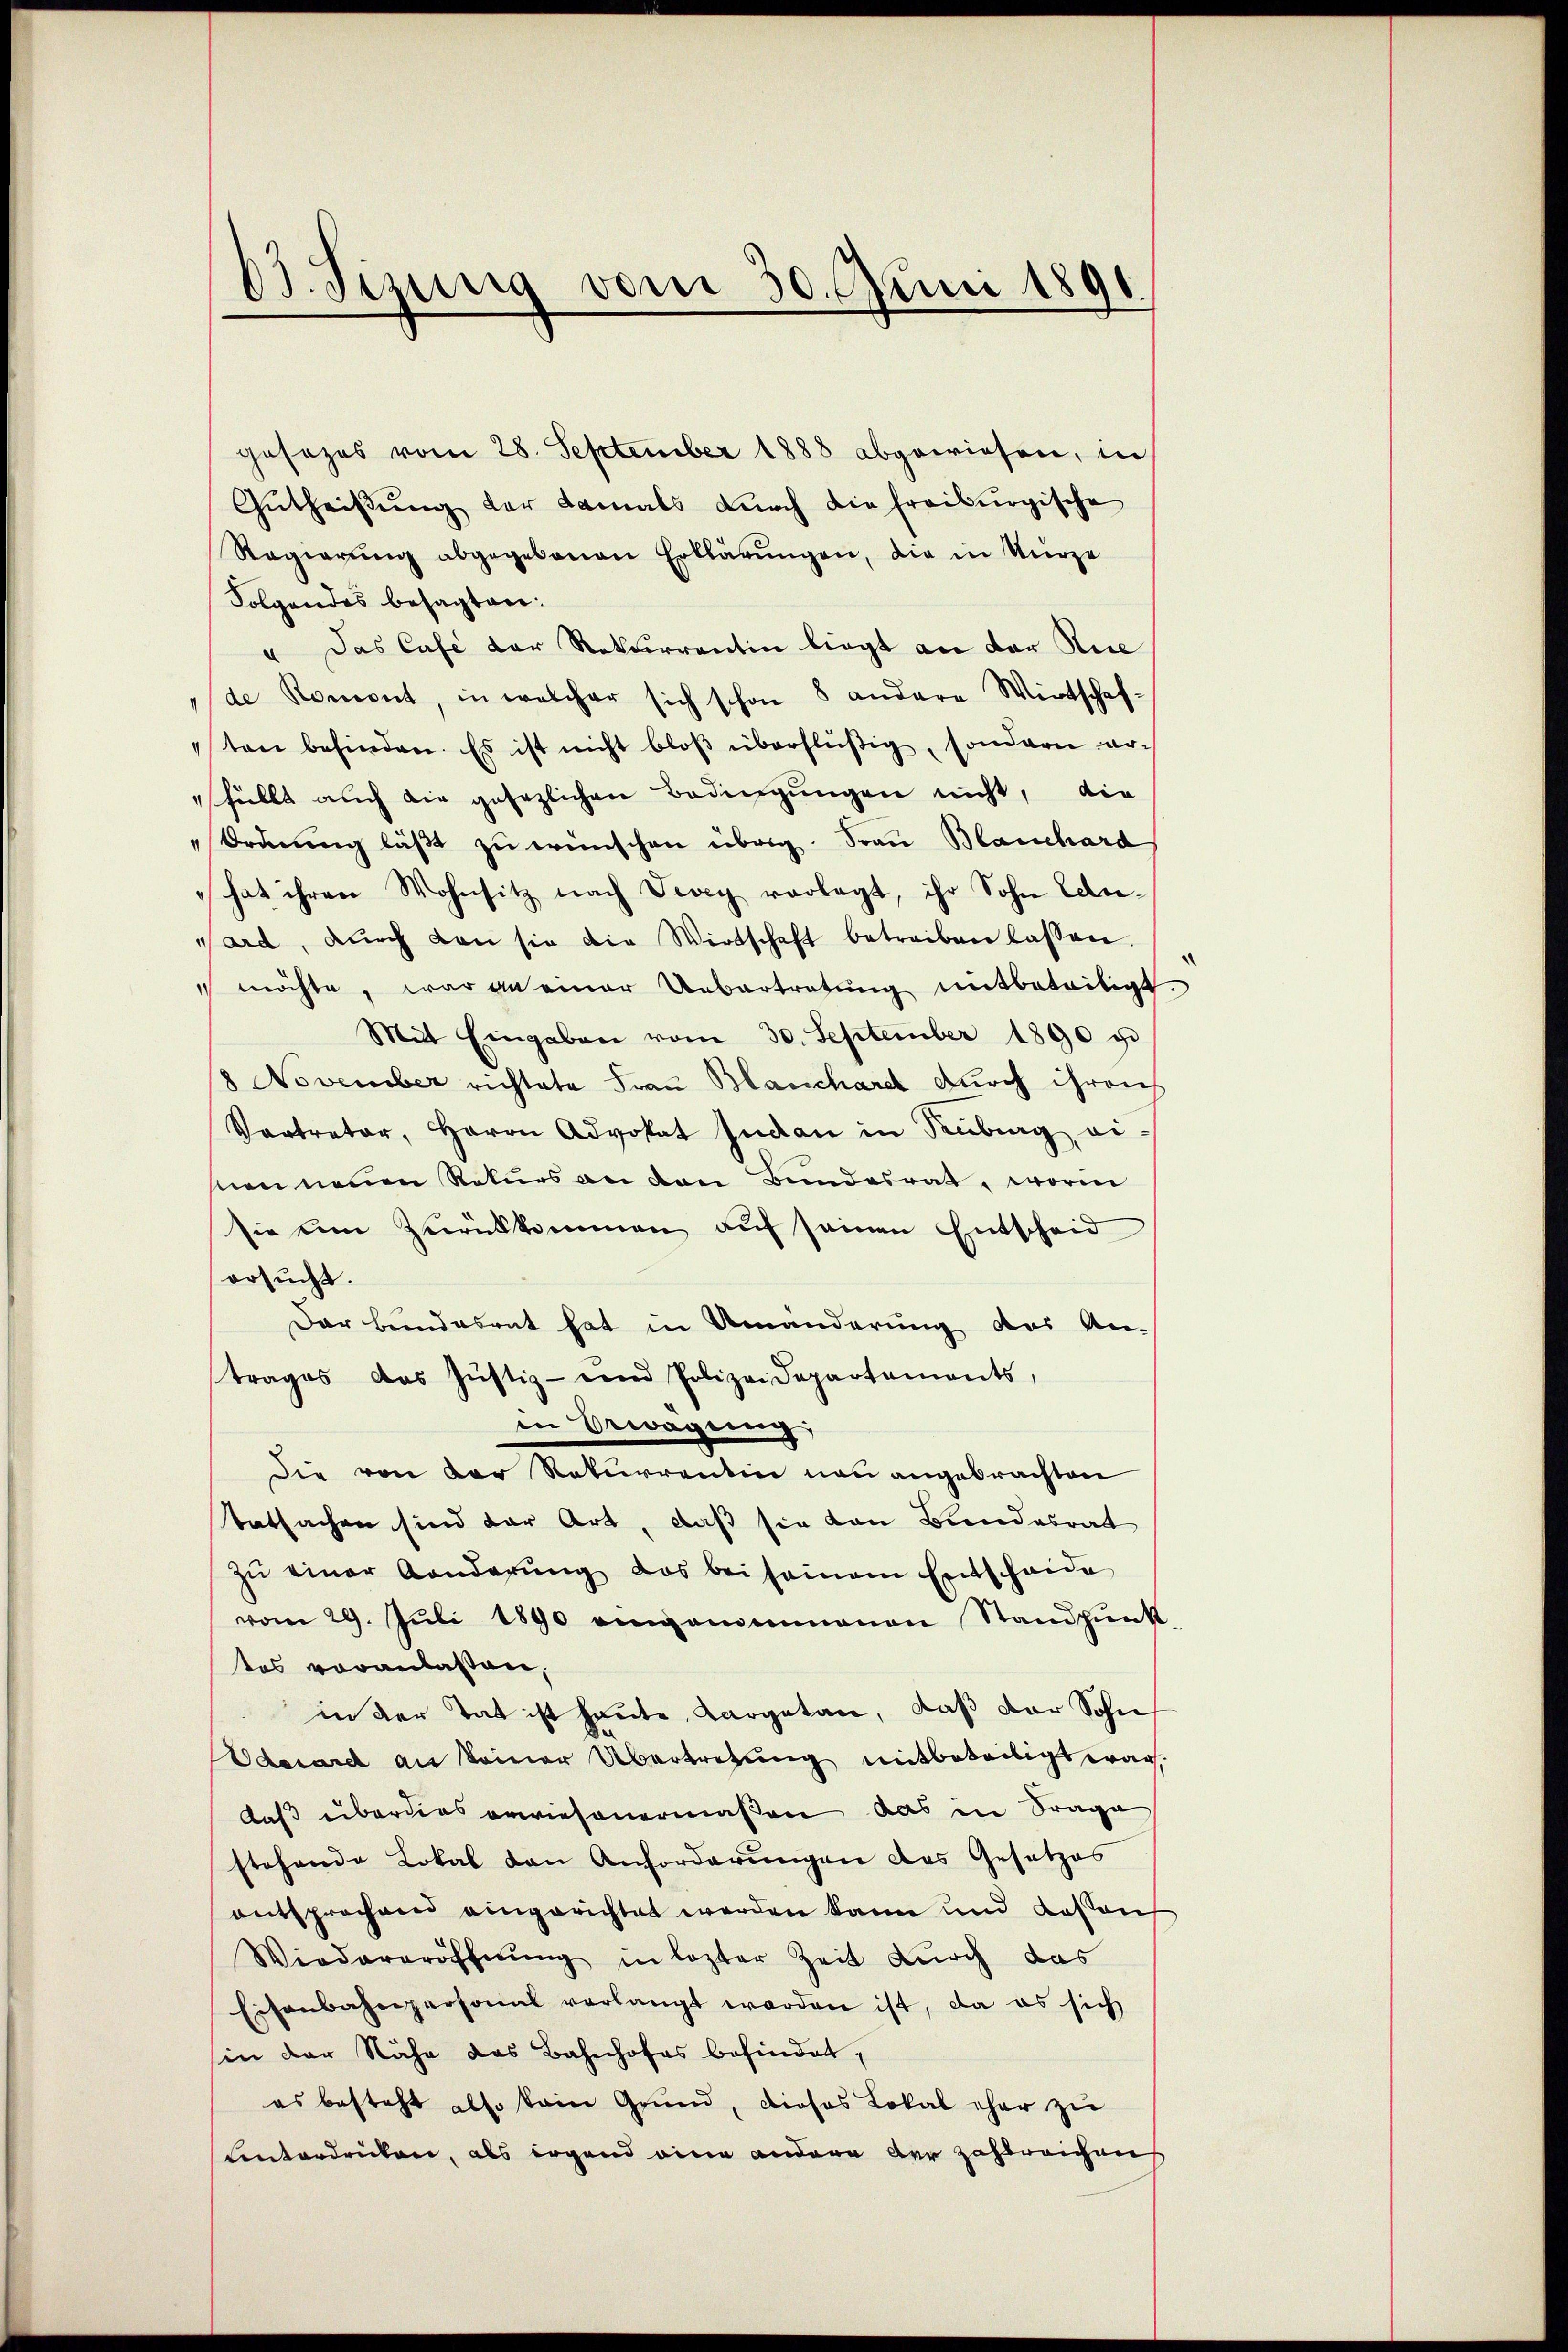
63. Sinung
vom 30. Juni 1891.

gesezes vom 28. September 1888 abgewiesen, in
Gutheißung der damals durch die freiburgische
Regierŭng abgegebenen Erklärŭngen, die in Nürze
Folgendes besagten:
" Das Cafe der Rekurrentin liegt an der Nie
de Romont, in welcher sich schon 8 andere Wirtschaf-
ten befinden. Es ist nicht bloβ überflüßig, sondern arfüllt auch die gesezlichen Bedingungen nicht, die
"Ordnŭng läβt zŭ wünschen übrig. Frau Blauchard
hat ihren Wohnsitz nach Vevey vorlegt, ihr Sohn Eere-
sard, dŭrch den sie die Wirtschaft betreiben lassen.
 möchte, war an einer Uebertretung mitbeteiligt.
Mit Eingaben vom 30. September 1890 u
8 November richtete Frau Blanchardt durch ihreich
Vartreter, Herrn Advokat Inden in Antrag eisnen neuen Rekurs an den Bundesrat, worin
sie um Zurückkommen auf seinen Entscheid
ersucht.
Der Bundesrat hat in Amänderung des Antrages das Justiz- und Polizei Departements,
in Erwägung,
Die von der Rekurrentin neu angebrachten
tatsachen sind der Art, daß sie von Bundesrat
zŭ einer Anderŭng das bei seinem Entscheide
vom 29. Jŭli 1890 eingammmenen Standpŭnk
tes voranlassen,
in der Tat ist heute, Cargetan, daß der Sohn
Oderard an keiner Übertretung mitbeteiligt war.
daß überdies erwiesenermaßen, das in Frage
stehende Lokal den Anforderungen das Gesetzes
entsprochend eingerichtet werden kann und dassen
Wiedereröffnung in lezter Zeit durch das
Eisenbahnpersonal verlangt werden ist, da es sich
sin der Nähe das Bahnhofes befindet,
es besteht also kain Grund, dieses Lokal eher zu
Unterdrücken, als irgend eine andere der Zahlreichen